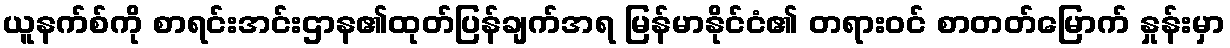
ယူနက်စ်ကို စာရင်းအင်းဌာန၏ထုတ်ပြန်ချက်အရ မြန်မာနိုင်ငံ၏ တရားဝင် စာတတ်မြောက် နှုန်းမှာ